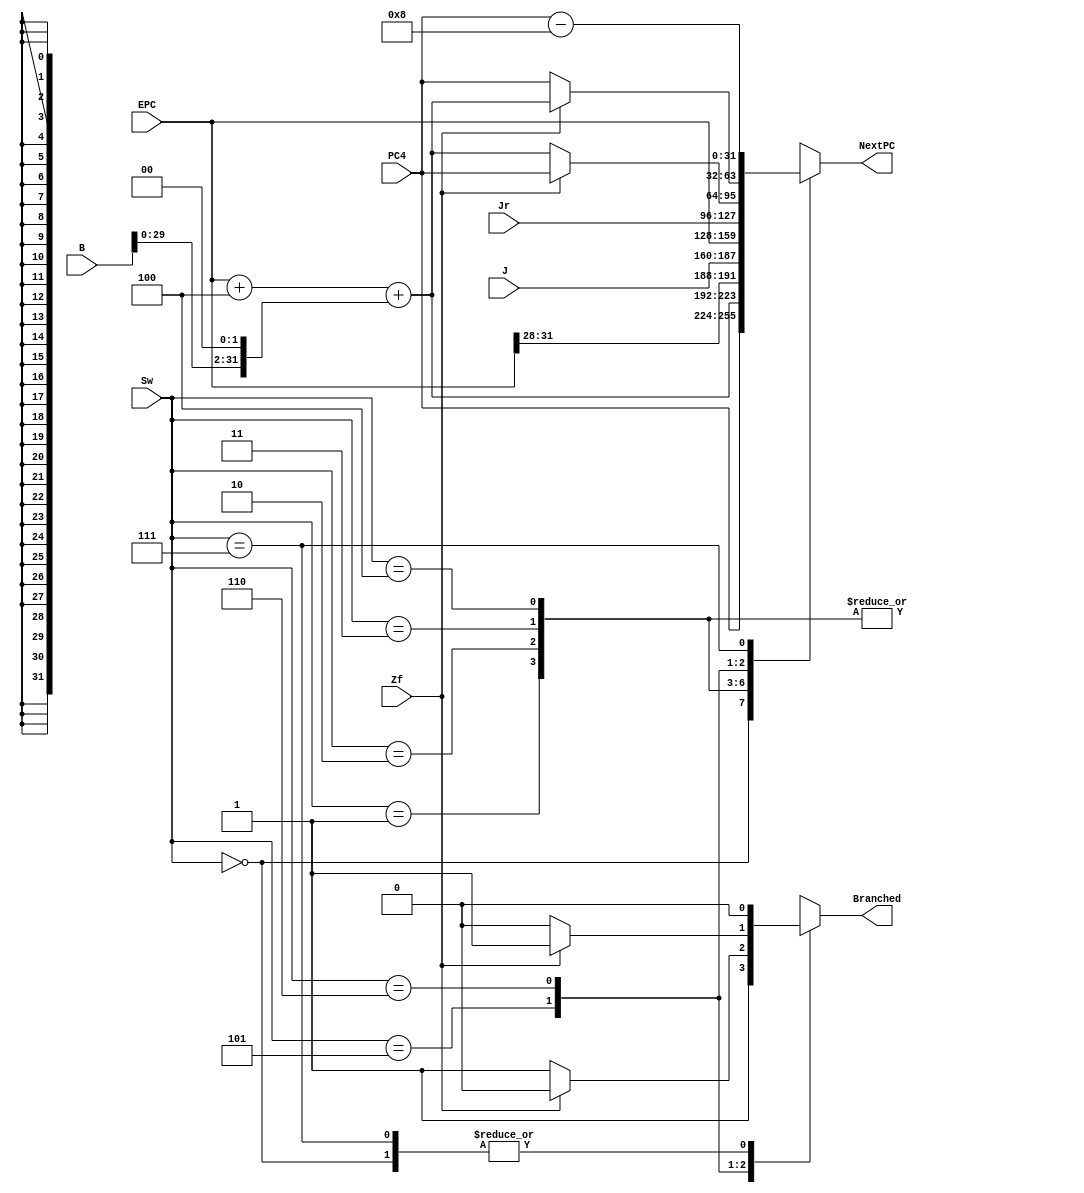
`timescale 1ns / 1ps

module PCMux(input [31:0] PC4,
             input [31:0] EPC,
             input [27:0] J,
             input [31:0] B,
             input [31:0] Jr,
             input [2:0] Sw,
             input Zf,
             output reg [31:0] NextPC,
             output reg        Branched);

always @(*) begin
    case (Sw)
        3'b000: begin
            NextPC <= PC4;
            Branched <= 0;
        end
        3'b001: begin
            NextPC <= (EPC+4) + (B<<2);
            Branched <= 1;
        end
        3'b010: begin
            NextPC <= {EPC[31:28], J};
            Branched <= 1;
        end
        3'b011: begin
            NextPC <= EPC;
            Branched <= 1;
        end
        3'b100: begin
            NextPC <= Jr;
            Branched <= 1;
        end
        3'b101: begin
            if (Zf == 0) begin
                    NextPC <= (EPC+4) + (B<<2);
                    Branched <= 1;
            end else begin
                    NextPC <= PC4;
                    Branched <= 0;
            end
        end
        3'b110: begin
            if (Zf == 1) begin
                    NextPC <= (EPC+4) + (B<<2);
                    Branched <= 1;
            end else begin
                    NextPC <= PC4;
                    Branched <= 0;
            end
        end
        3'b111: begin
            NextPC <= PC4 - 8;
            Branched <= 0;
        end
        default: begin
            NextPC <= PC4; // not used
            Branched <= 0;
        end
    endcase
end

endmodule